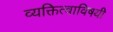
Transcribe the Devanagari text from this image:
व्यक्तित्वाविषयी